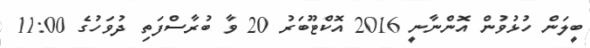
ބީލަން ހުޅުވުން އޮންނާނީ 2016 އޮކްޓޫބަރު 20 ވާ ބުރާސްފަތި ދުވަހުގެ 11:00